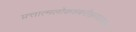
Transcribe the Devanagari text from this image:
प्रत्तात्मलोकशबरीखगपावनस्य।